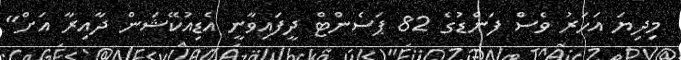
މިދިޔަ އަހަރު ވެސް ފަންޑުގެ 82 ޕަސެންޓް ދީފައިވާނީ އެޑިއުކޭޝަން ދާއިރާ އަށް"